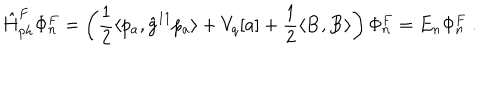
LaTeX: \hat { H } _ { p h } ^ { F } \Phi _ { n } ^ { F } = \left( \frac 1 2 \langle p _ { a } , \hat { g } ^ { 1 1 } p _ { a } \rangle + V _ { q } [ a ] + \frac 1 2 \langle { \bf B } , { \bf B } \rangle \right) \Phi _ { n } ^ { F } = E _ { n } \Phi _ { n } ^ { F } \ .